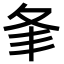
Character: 𡕗